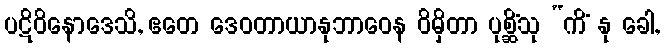
ပဋိဝိနောဒေသိ, ဧတေ ဒေဝတာယာနုဘာဝေန ဝိမှိတာ ပုစ္ဆိံသု “ကိံ နု ခေါ,